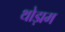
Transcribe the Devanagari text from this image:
थोड़ाम